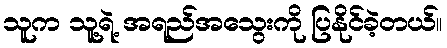
သူက သူ့ရဲ့ အရည်အသွေးကို ပြနိုင်ခဲ့တယ်။